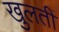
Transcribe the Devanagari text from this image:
खुलतीं